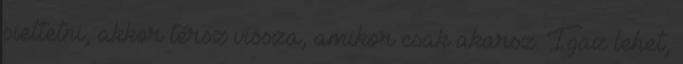
siettetni, akkor térsz vissza, amikor csak akarsz. Igaz lehet,